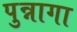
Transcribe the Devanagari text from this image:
पुन्नागा